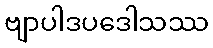
ဗျာပါဒပဒေါသဿ